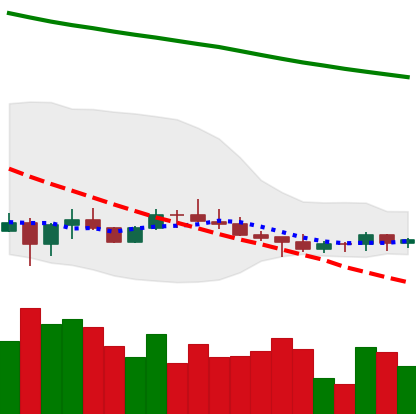
Ticker: ADA-USD
Chart end date: 2022-07-06
Forward return: -5.768%
Label: down_5_7